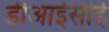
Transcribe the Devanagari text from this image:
डीआईसीई